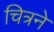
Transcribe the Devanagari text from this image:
चित्रने